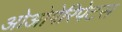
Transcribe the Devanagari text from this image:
ओओपेरिपेटस